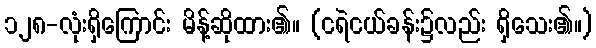
၁၂၈-လုံးရှိကြောင်း မိန့်ဆိုထား၏။ (ငရဲငယ်ခန်း၌လည်း ရှိသေး၏။)